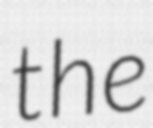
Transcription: the